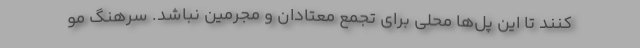
کنند تا این پل‌ها محلی برای تجمع معتادان و مجرمین نباشد. سرهنگ مو